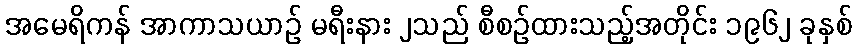
အမေရိကန် အာကာသယာဉ် မရီးနား ၂သည် စီစဉ်ထားသည့်အတိုင်း ၁၉၆၂ ခုနှစ်